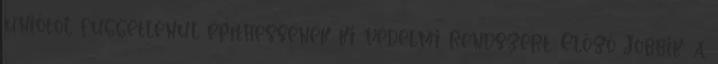
uniótól függetlenül építhessenek ki védelmi rendszert. Előző Jobbik: a